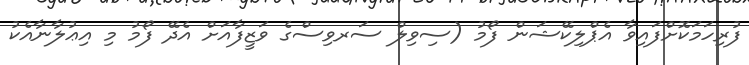
ފުރިހަމަކޮށްފައިވާ އެޕްލިކޭޝަން ފޯމު (ސިވިލް ސަރވިސްގެ ވަޒީފާއަށް އެދޭ ފޯމު މި އިޢުލާނާއެކު